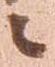
々